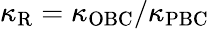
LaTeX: \kappa_{\mathrm{R}}=\kappa_{\mathrm{OBC}}/\kappa_{\mathrm{PBC}}